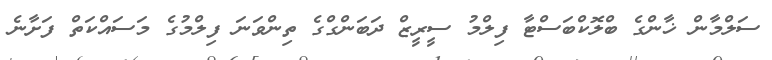
ސަލްމާން ޚާންގެ ބްލޮކްބަސްޓާ ފިލްމު ސީރީޒް ދަބަންގްގެ ތިންވަނަ ފިލްމުގެ މަސައްކަތް ފަށާނެ